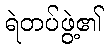
ရဲတပ်ဖွဲ့၏